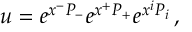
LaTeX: u = e ^ { x ^ { - } P _ { - } } e ^ { x ^ { + } P _ { + } } e ^ { x ^ { i } P _ { i } } \, ,